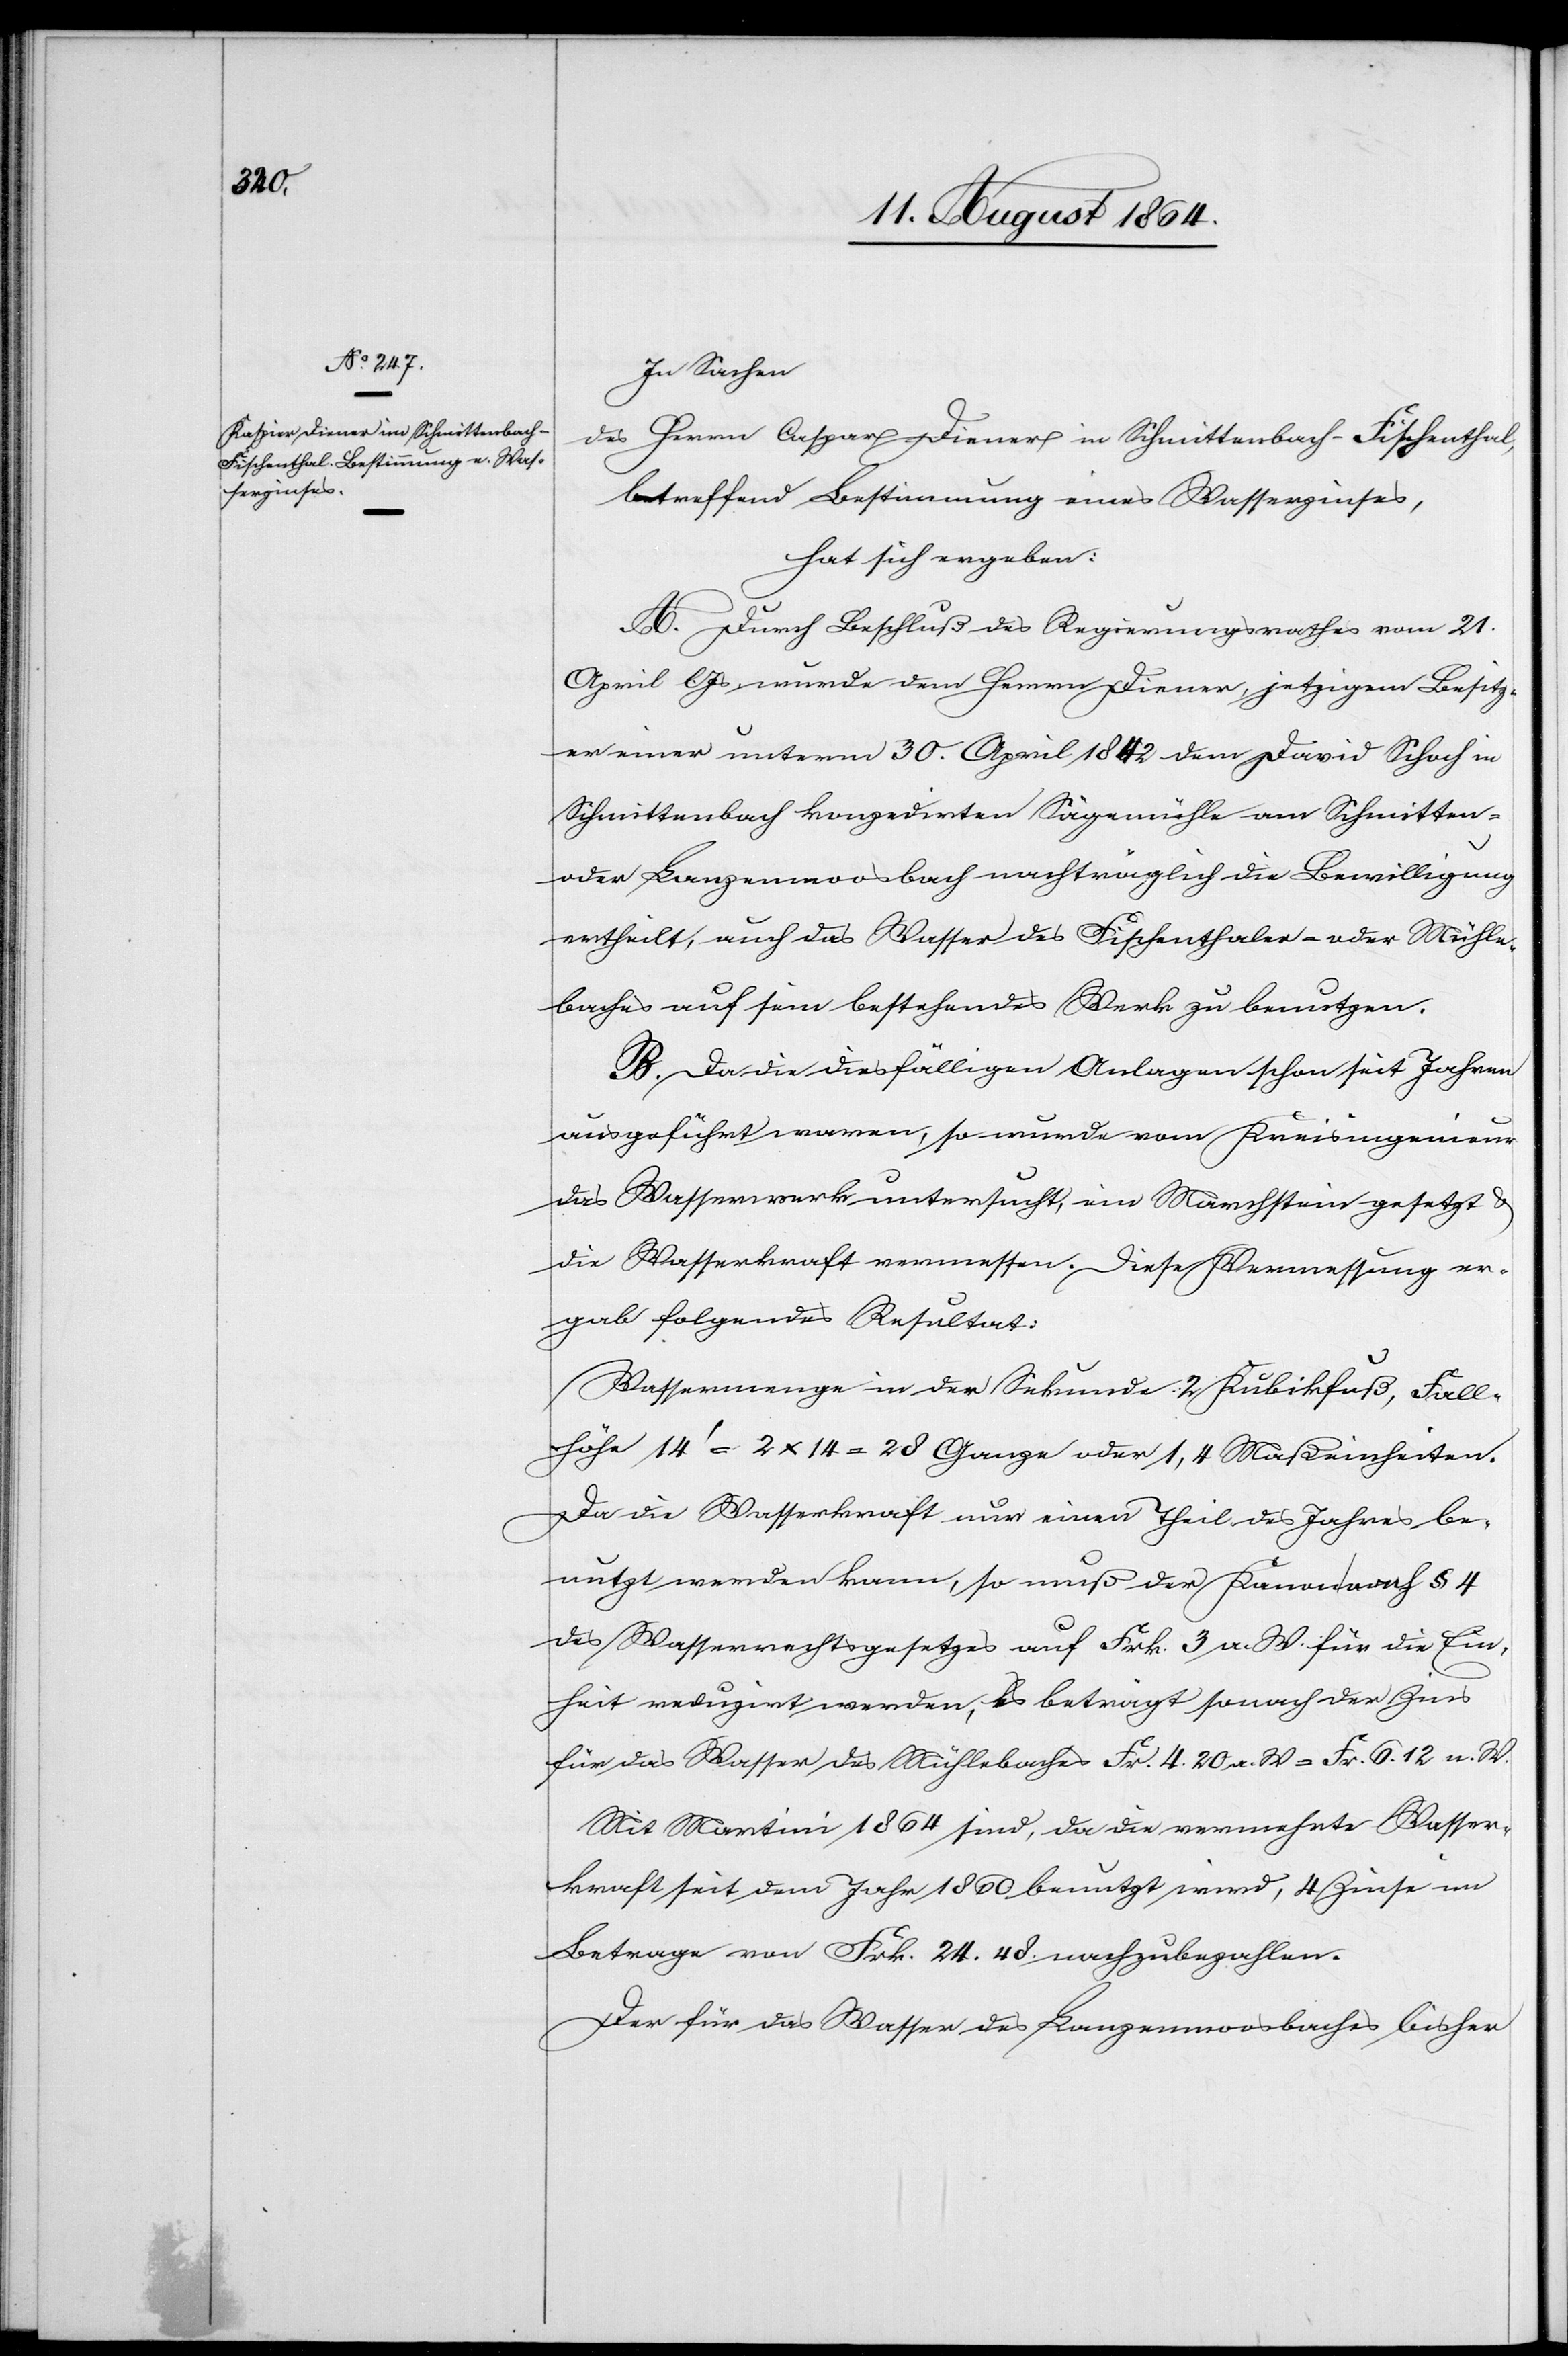
In Sachen
des Herrn Caspar Diener in Schmittenbach-Fischenthal,
betreffend Bestimmung eines Wasserzinses,
hat sich ergeben:
A. Durch Beschluß des Regierungsrathes vom 21.
April l. Js. wurde dem Herrn Diener, jetzigem Besitz¬
er einer unterm 30. April 1842 dem David Schoch in
Schmittenbach konzedirten Sägemühle am Schmitten-
oder Lanzenmoosbach nachträglich die Bewilligung
ertheilt, auch das Wasser des Fischenthaler- oder Mühle¬
baches auf sein bestehendes Werk zu benutzen.
B. Da die diesfälligen Anlagen schon seit Jahren
ausgeführt waren, so wurde vom Kreisingenieur
das Wasserwerk untersucht, ein Marchstein gesetzt &
die Wasserkraft vermessen. Diese Messung er¬
gab folgendes Resultat:
Wassermenge in der Sekunde: 2 Kubikfuß, Fall¬
höhe 14’ = 2 x 14 = 28 Ganze oder 1,4 Maßeinheiten.
Da die Wasserkraft nur einen Theil des Jahres be¬
nutzt werden kann, so muß der Kanon nach § 4
des Wasserrechtsgesetzes auf Frk. 3 a. W. für die Ein¬
heit das Wasser des Mühlebaches Fr. 4.20 a. W. = Fr. 6.12 a. W.
Mit Martini 1864 sind, da die vermehrte Wasser¬
kraft seit dem Jahr 1860 benutzt wird, 4 Zinse im
Betrage von Frk. 24.48 nachzubezahlen.
Der für das Wasser des Lanzenmoosbaches bisher